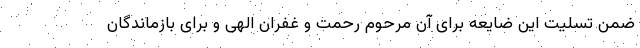
ضمن تسلیت این ضایعه برای آن مرحوم رحمت و غفران الهی و برای بازماندگان